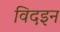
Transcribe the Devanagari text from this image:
विदइन